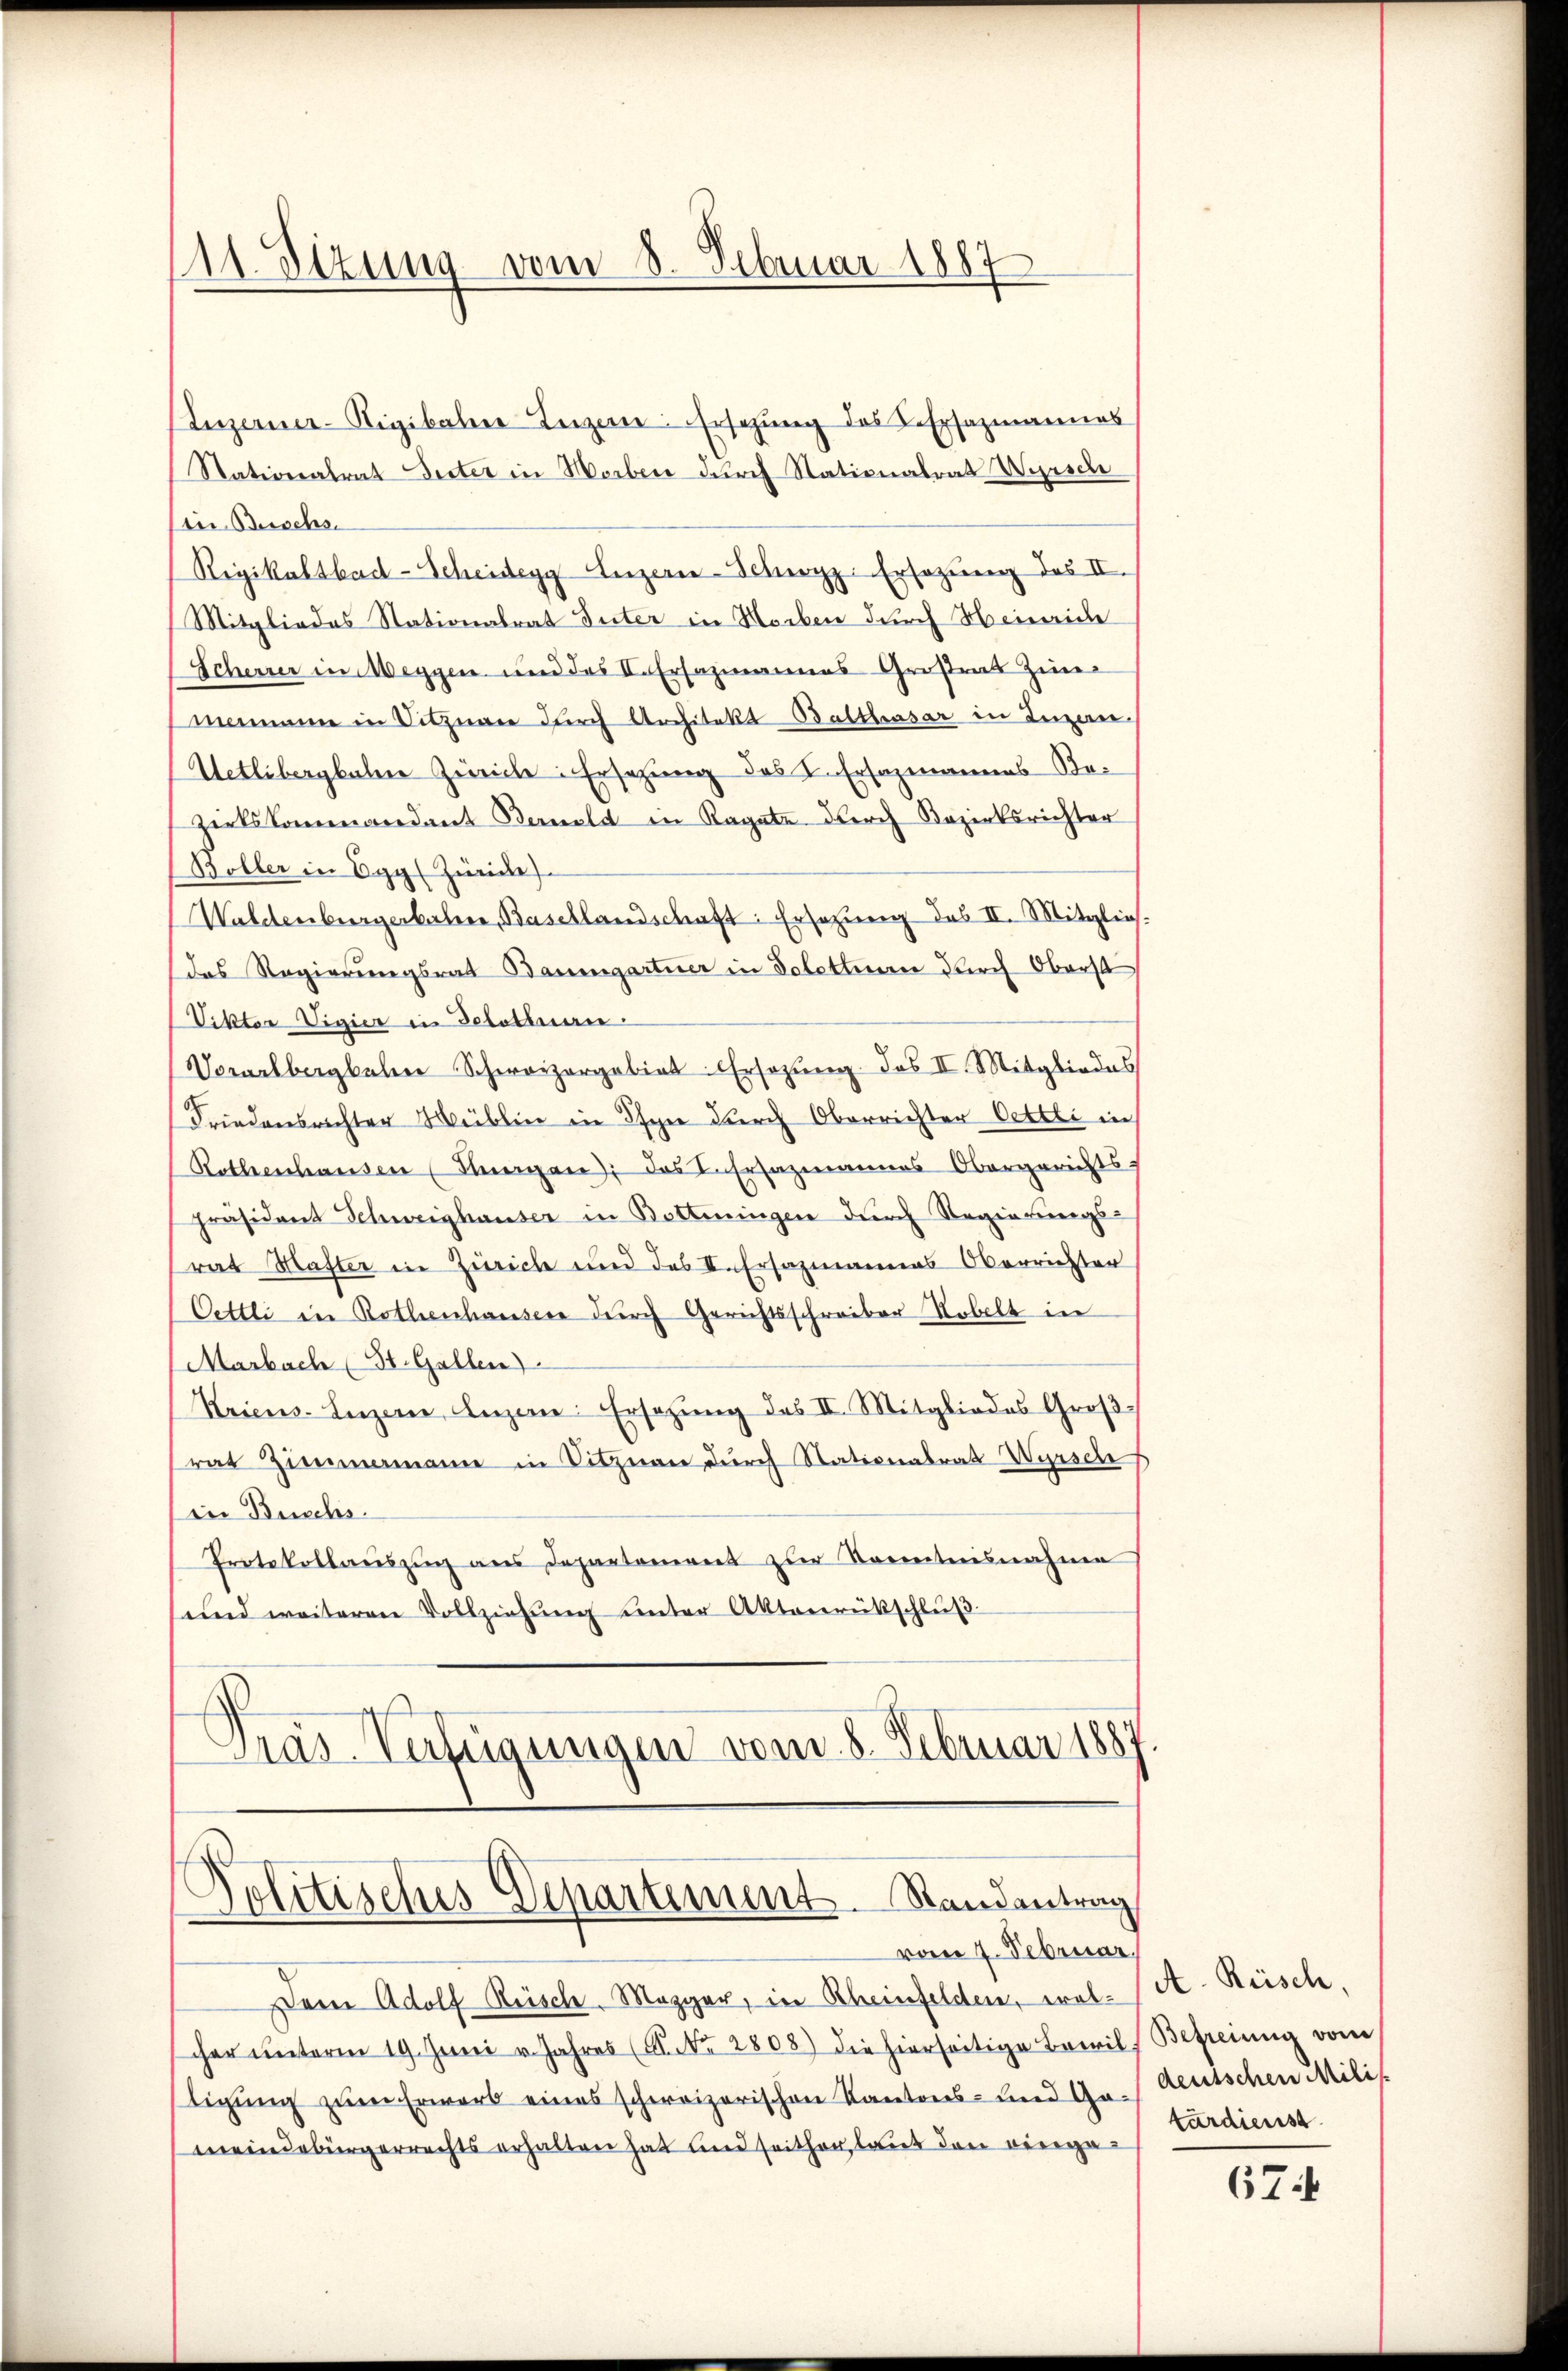
11. Sitzung vom 8. Februar 1887

(Luzerner-Rigibahne Ingen: Ersezung des L. Ersazmannes
Stationalrat Seiter in Horben durch Nationalrat Wyrsch
iin Burschs
Rigikaltbad-Scheidegg Luzern-Schwyz-Ersezung des II.
Mitgliedes Stationalrat Inter in Horben durch Heinriche
Scherrer in Weggen und des L. Ersazmannes Großrat Zinmamann in Sitzuare dŭrch Architekt Balthasar in Inzan
Uetlibergbahne Zürich: Ersezung des L. Ersazenamens Bezirkskommandant Berneld in Ragate durch Bezirksrichter
Böller in Egg (Zürich
Waldenburgerbahner, Basellandschaft: Ersatzung des II. Mitglieh.
das Regierungsrat Baumgartner in Solettenen durch Oberst
Viktor Vigier in Selotenan
Vorarlbergbahne Schweizergebiet: Ersezung. das II. Mitgliedes
Friedensrichter Müblin in Ihre durch Oberrichter Oettli in
Rothenhausen (Steegen; das L. Ersazmannes Obergerichts-
Präsident Schweighauser in Bottiningen durch Regierungs-
rat Mafter in Zürich und des II. Ersazmannes Oberrichter
Oettli in Rothenhausere durch Gerichtsschreiber Tobelt in
Marbach (St. Gallen)
Kriens. Lenzene Anzen: Ersatzung des II. Mitgliedes Großrat Zimmenanne in Sitznau durch Stationalrat Wursch
in Buchs.
Protokollauszug aus Departement zur Kenntnisnahme
und weiteren Vollziehŭng ŭnter Aktarerükschlŭβ-
Gras-Verfügungen vom 8. Februar 1887

Politisches Departement. Standentrag

vom 7. Februar,
Dem Adolf Reisch. Mezger, in Rheinfelden, wol- A. Rüsch
cher ŭnterm 19. Juni v. Jahres (S. Nr. 2808) die hierseitige Bewil
tigung zum Erwarb eines schweizerischen Kantons- und Gameindebürgerrechts erhalten hat und seither, laut den verga¬

Befreiung vom
deutschen Milis
tardienst

67